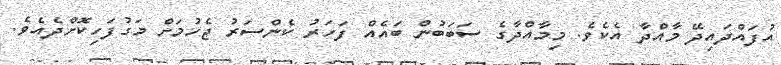
އުފައްދައިދޭ މާއްދާ އެކެވެ. މިމާއްދާގެ ސަބަބުން ބައެއް ފަހަރު ކެންސަރު ޖެހުމަށް މަގުފަހިކޮށްދެއެވެ.